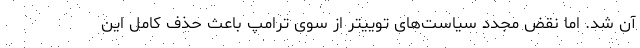
آن شد. اما نقض مجدد سیاست‌های توییتر از سوی ترامپ باعث حذف کامل این